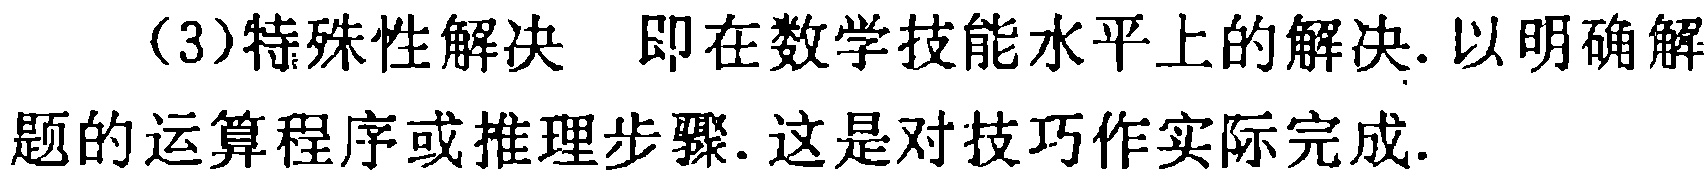
（3）特殊性解决 即在数学技能水平上的解决. 以明确解题的运算程序或推理步骤. 这是对技巧作实际完成.